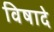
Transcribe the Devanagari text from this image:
विषादे